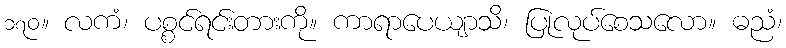
၁၇၀။ လကံ၊ ပစ္စင်ရင်းတားကို။ ကာရာပေယျာသိ၊ ပြုလုပ်စေသလော။ ဓညံ၊